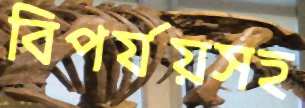
বিপর্যয়সহ